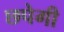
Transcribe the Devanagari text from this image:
छपेगी